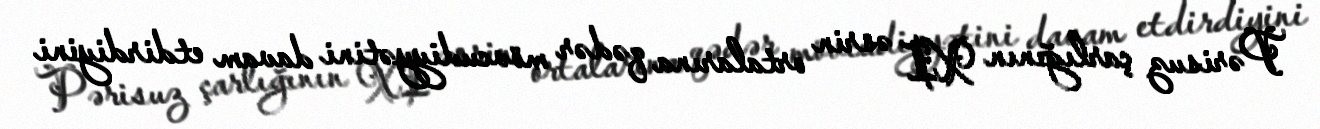
Pərisuz çarlığının XI əsrin ortalarına qədər mövcudiyyətini davam etdirdiyini